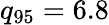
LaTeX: q_{95}=6.8